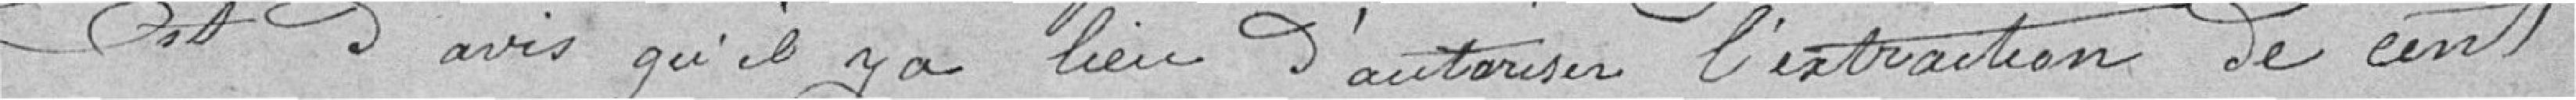
est d'avis qu'il y a lieu d'autoriser l'extraction de cent